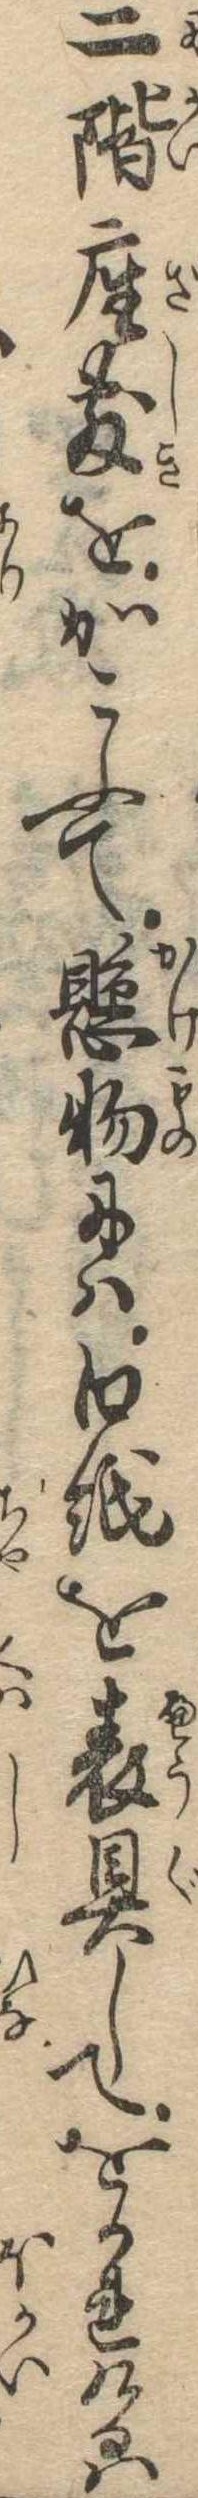
二階座敷をかこふて懸物には白紙を表具してをかれけるは